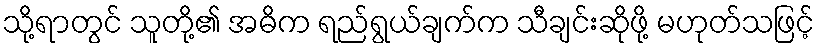
သို့ရာတွင် သူတို့၏ အဓိက ရည်ရွယ်ချက်က သီချင်းဆိုဖို့ မဟုတ်သဖြင့်